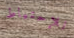
للإحتياط